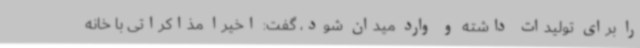
را برای تولیدات داشته و وارد میدان شود، گفت: اخیرا مذاکراتی با خانه